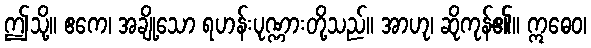
ဤသို့။ ဧကေ၊ အချို့သော ရဟန်းပုဏ္ဏားတို့သည်။ အာဟု၊ ဆိုကုန်၏။ ဣဓေဝ၊